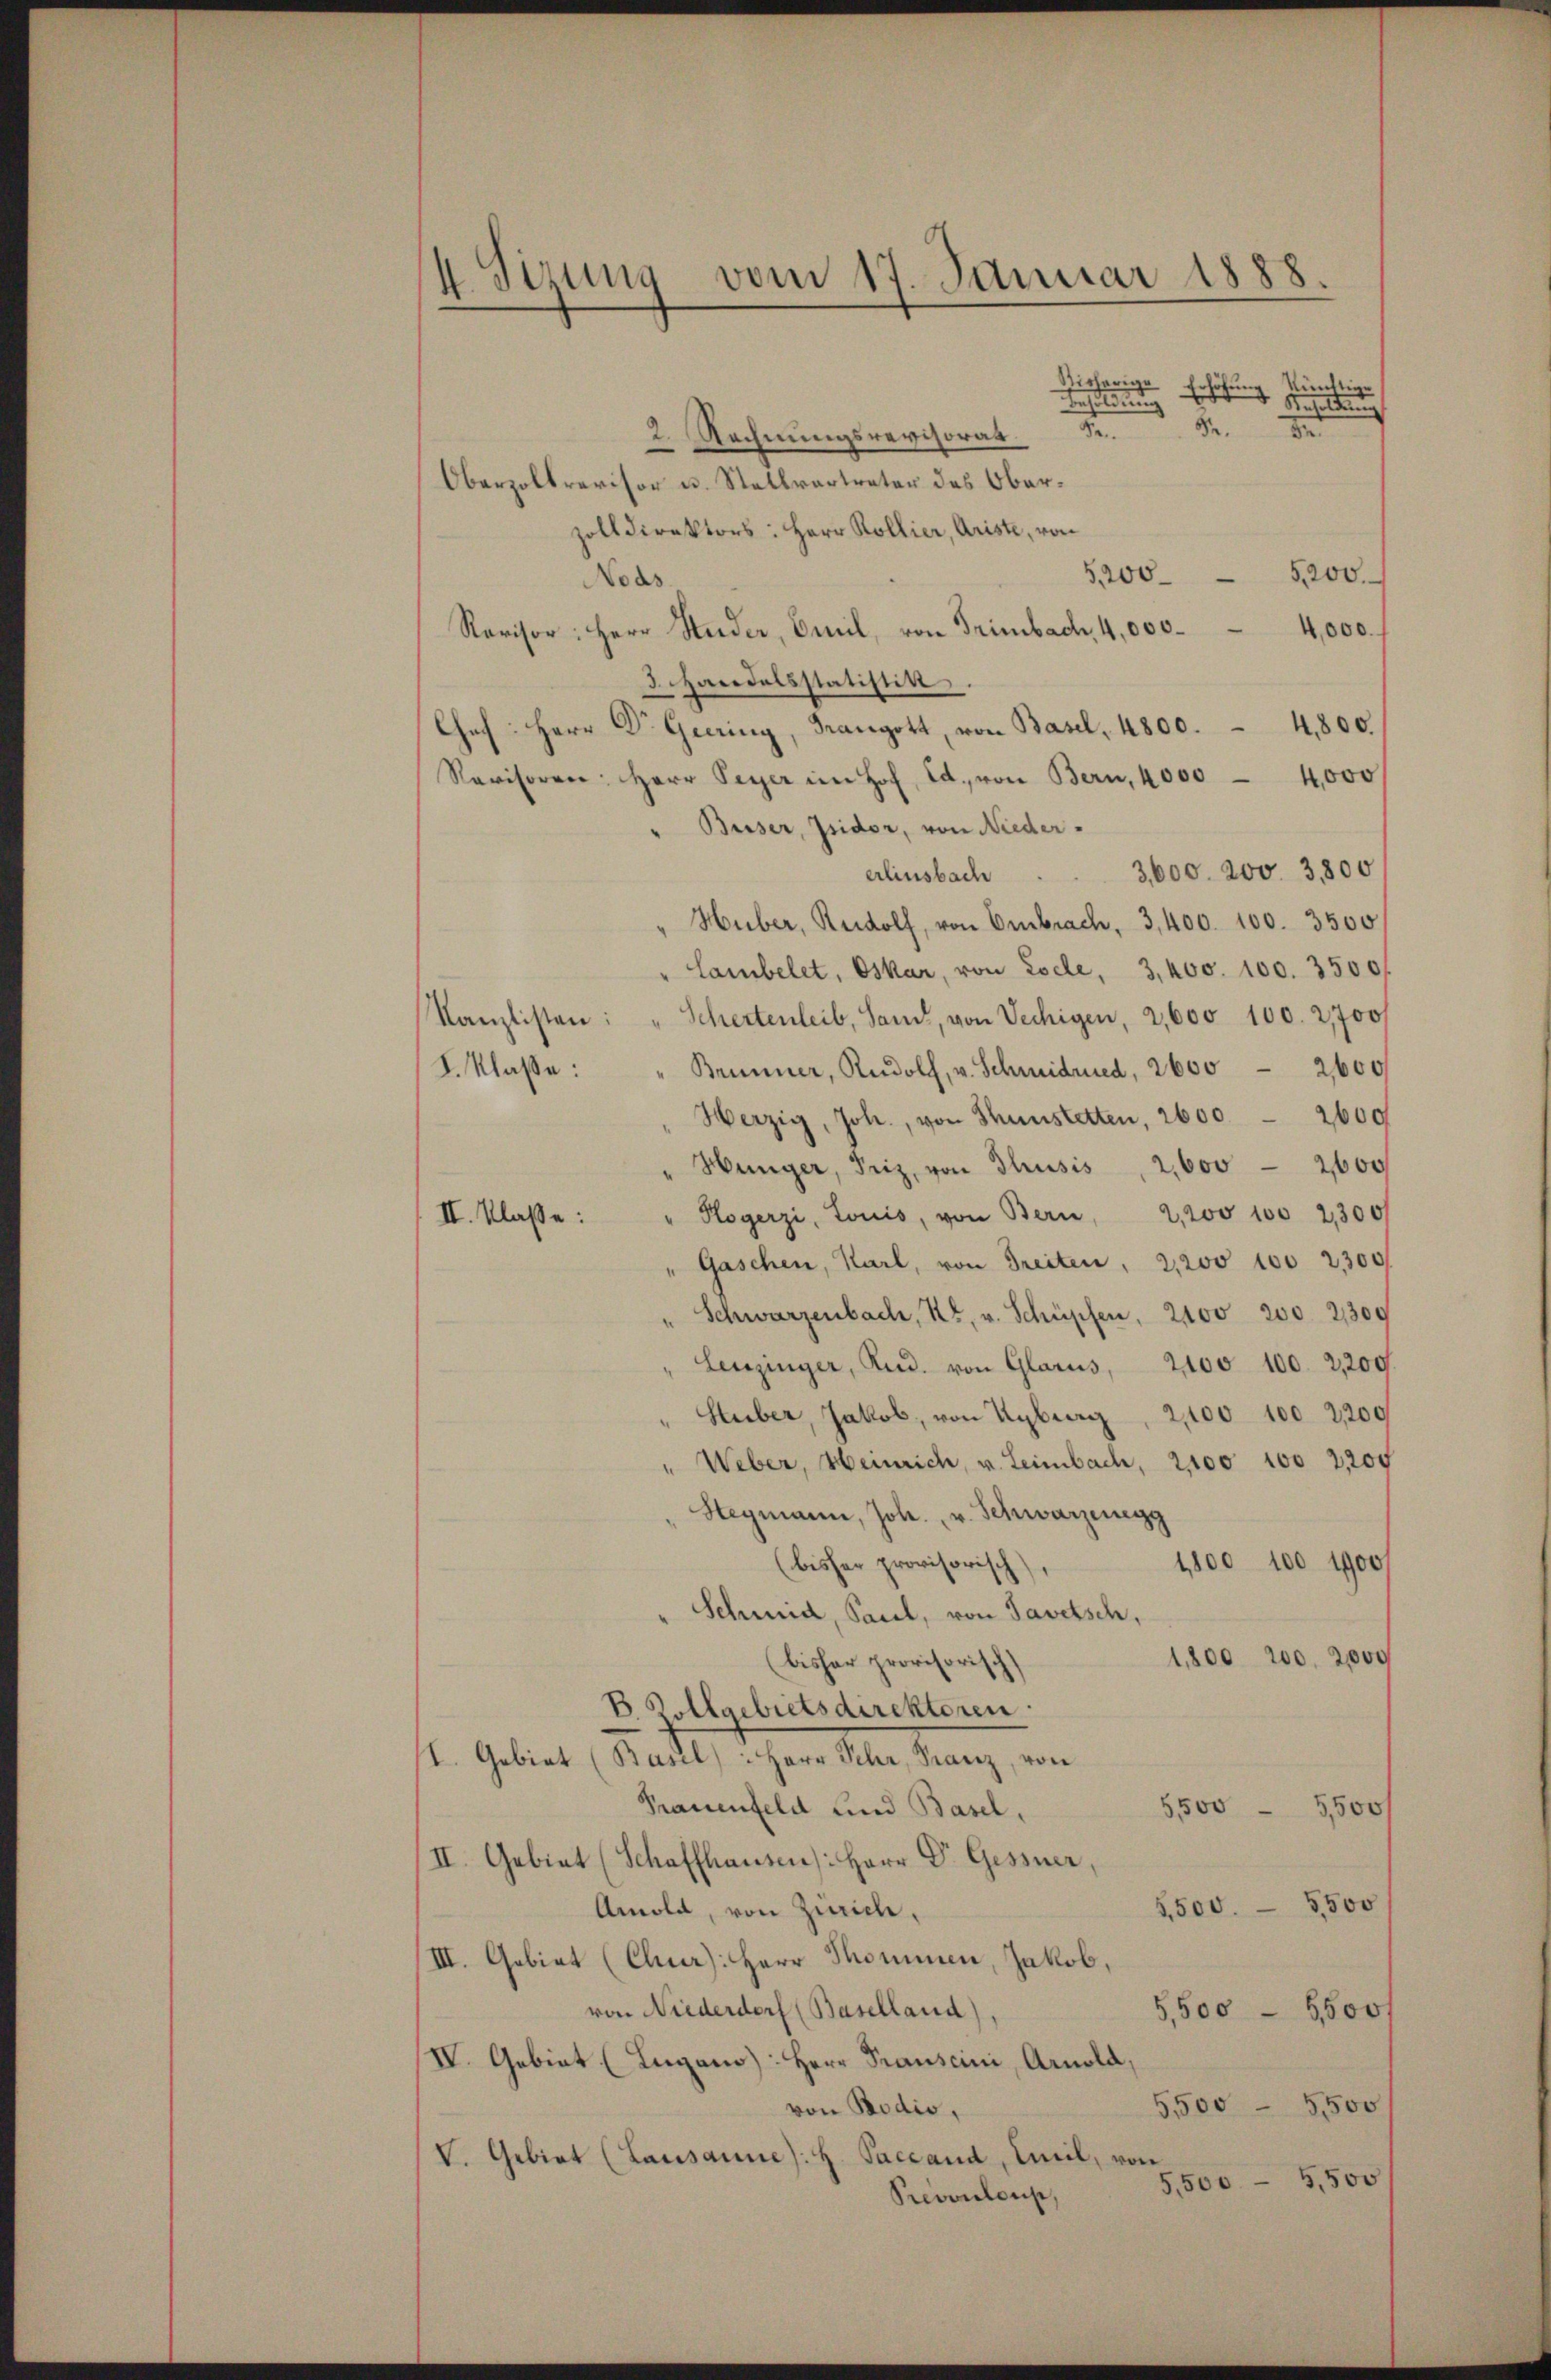
I Sizung vom 17. Januar 1888.

üttig
Rieherige Erhöhung Resoldung
Besoldung ge
d
de
2. Rechnungsrevisorat
Oberzollrevisor u. Stellvertreter des Oberzolldirektors: Herr Kollier, Ariste, von
5,200. 5200.
Nous
Revisor: Herr Studer, Omil, von Trimbach, 4,000.- 4,000.
3 Handelsstatistik.
Chef Herr Dr. Geering, Fangott, von Basel, 4800. 4800.
Ravisoren: Herr Peyer im Hof, Ed. von Bern, 4000 - 4,000
" Busser, Isidor, von Nieder-
3,600. 200. 3,800
erlinsbach
Huber, Rudolf, von Embrach, 3,400. 100. 3500
" Lambelet, Oskar, von Esele, 3, 400. 100. 3500.
Schertenleib, Sam, von Vechigen, 2,600 100. 2700/
Kanzlisten:
I. Klaße:
Brunner, Rudolf, v. Schmidrued, 2600 2,000
Herzig, Joh., von Thunstetten, 2600. 2600
Hünger, Friz, von Thusis, 2,000 - 2600
Hogerzi, Louis, von Bern, 2,200 100 2300
II. Klasse:
Gaschen, Karl, von Freiten. 2,200 100 2300
Schwarzenbach, Kt. v. Schüpfen, 2100 200. 2300
Leuzinger, Rud. von Glarus, 2100 100. 2,200.
Stuber, Jakob, von Kyburg, 2, 100 100 2,200
Weber, Heinrich, u. Leimbach, 2100 100 2200
Stegmann, Joh. v. Schwarzenegg
(bisher provisorisch
1,800 100 1900/
Schmid, Paul, von Savetsch,
)
1,800, 200. 2000
bisher provisorisch
B 5 Elsebietsdirektoren.
/I. Gebiet (Basel: Herr Ihr, Franz, von
Prauenfeld und Basel,
5500 5500
II. Gebiet (Schaffhausen): Herr Dr. Gessner
5,500. 5500
Amold, von Zürich,
III. Gebiet (Chur): Herr Thommen, Jakob,
von Niederdorf (Baselland)
5,500 — 1500f
IV. Gebiet (Lugano): Herr Transcini, Arnold,
5500 - 5,500
von Bodis,
V. Gebiet (Lausanne): H. Paceand, Emil, von
5,500 - 5,500
Prevoulons,